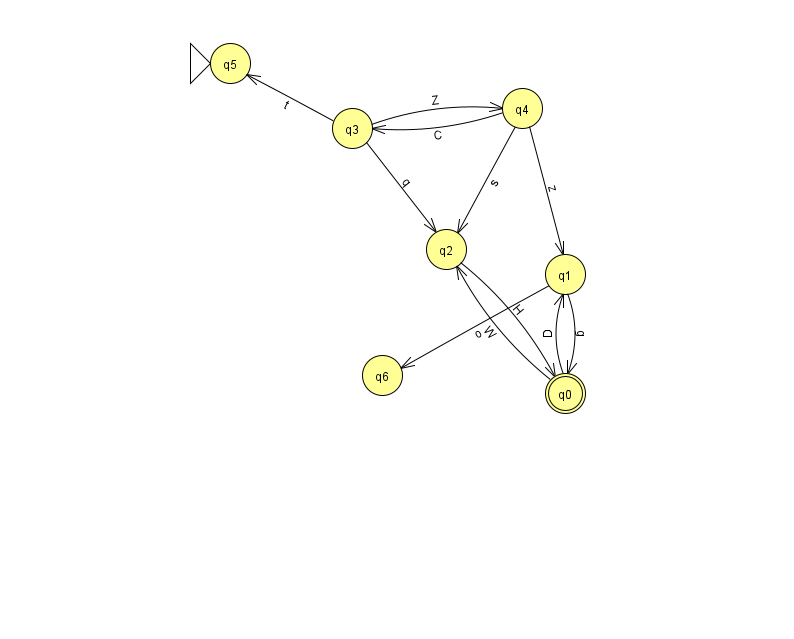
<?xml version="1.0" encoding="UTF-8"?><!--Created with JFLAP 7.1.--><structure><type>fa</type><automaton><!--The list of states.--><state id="0" name="q0"><x>565.0</x><y>380.0</y><final/></state><state id="1" name="q1"><x>565.0</x><y>261.0</y></state><state id="2" name="q2"><x>446.0</x><y>236.0</y></state><state id="3" name="q3"><x>352.0</x><y>115.0</y></state><state id="4" name="q4"><x>522.0</x><y>95.0</y></state><state id="5" name="q5"><x>230.0</x><y>50.0</y><initial/></state><state id="6" name="q6"><x>382.0</x><y>362.0</y></state><!--The list of transitions.--><transition><from>4</from><to>3</to><read>C</read></transition><transition><from>0</from><to>1</to><read>D</read></transition><transition><from>1</from><to>0</to><read>g</read></transition><transition><from>2</from><to>0</to><read>H</read></transition><transition><from>0</from><to>2</to><read>W</read></transition><transition><from>4</from><to>2</to><read>s</read></transition><transition><from>1</from><to>6</to><read>o</read></transition><transition><from>3</from><to>2</to><read>q</read></transition><transition><from>3</from><to>4</to><read>Z</read></transition><transition><from>3</from><to>5</to><read>t</read></transition><transition><from>4</from><to>1</to><read>z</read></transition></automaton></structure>